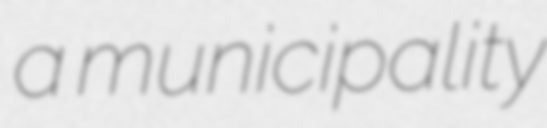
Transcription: a municipality